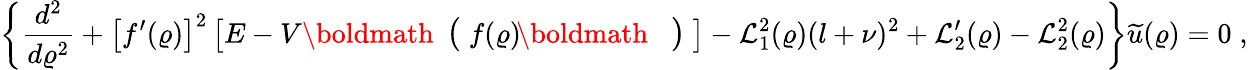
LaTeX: \left\{ \frac{d^{2}}{d\varrho^{2}}+\left[f^{\prime}(\varrho)\right]^{2}\left[E-V\mathrm{\boldmath\large~\left(~\right.~}\! \! f(\varrho)\! \mathrm{\boldmath\large~\left.~\right)~}\right]-{\mathcal L}_{1}^{2}(\varrho)(l+\nu)^{2}+{\mathcal L}_{2}^{\prime}(\varrho)-{\mathcal L}_{2}^{2}(\varrho)\right\} \widetilde{u}(\varrho)=0\; ,